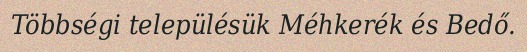
Többségi településük Méhkerék és Bedő.